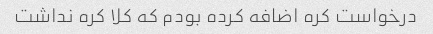
درخواست کره اضافه کرده بودم که کلا کره نداشت